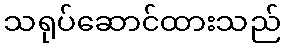
သရုပ်ဆောင်ထားသည်